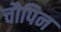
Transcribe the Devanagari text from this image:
चौपिन